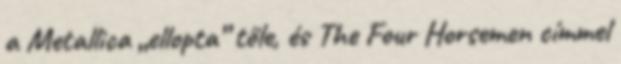
a Metallica „ellopta” tőle, és The Four Horsemen címmel